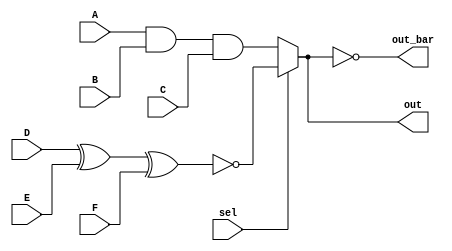
module q1(A,B,C,D,E,F,sel,out,out_bar);

	input A,B,C,D,E,F,sel;
	wire g0,g1;
	output out,out_bar;

	assign g0 =  (A & B & C);
	assign g1 = ~(D ^ E ^ F);

	assign out = (sel==0) ? g0 : g1 ;

	assign out_bar = ~out ;

endmodule